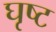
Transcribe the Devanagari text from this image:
घृष्ट